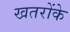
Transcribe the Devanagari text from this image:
खतरोंके